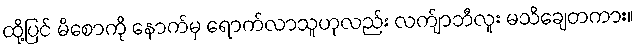
ထို့ပြင် မိစောကို နောက်မှ ရောက်လာသူဟုလည်း လက်ျာဘီလူး မသိချေတကား။